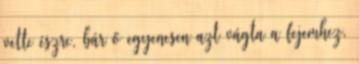
vette észre, bár ő egyenesen azt vágta a fejemhez,